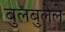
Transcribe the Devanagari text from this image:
बुलबुलेले